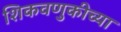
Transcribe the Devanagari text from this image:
शिकवणुकीच्‍या